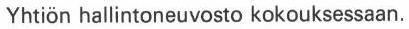
Yhtiön hallintoneuvosto kokouksessaan.